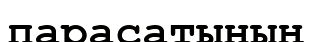
парасатының